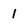
Character: 1